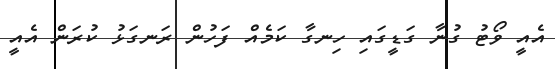
އެއީ ވޯޓު ގުނާ ގަޑީގައި ހިނގާ ކަމެއް ފަހުން ރަނގަޅު ކުރަން އެއީ